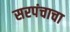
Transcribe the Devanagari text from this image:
सरपंचाचा